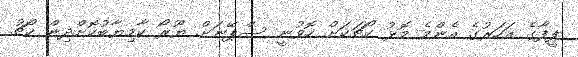
ފީފާގެ އަހަރުގެ އެންމެ މޮޅު ކޯޗަކަށް ހޮވުނީ ސްޕޭނަށް ޔޫރޯ ކާމިޔާބުކޮށްދިން ކޯޗު